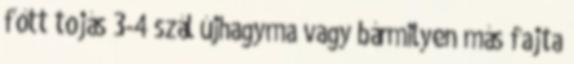
főtt tojás 3-4 szál újhagyma vagy bármilyen más fajta